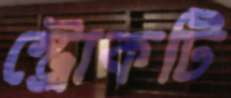
স্ট্রোকটি